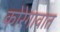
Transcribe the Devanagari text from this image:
कोरेगावात